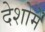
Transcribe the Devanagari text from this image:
देशोमें